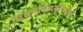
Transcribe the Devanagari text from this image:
परधर्मात्स्वनुष्ठितात्